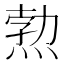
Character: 𭵉